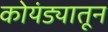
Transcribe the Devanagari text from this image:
कोयंड्यातून